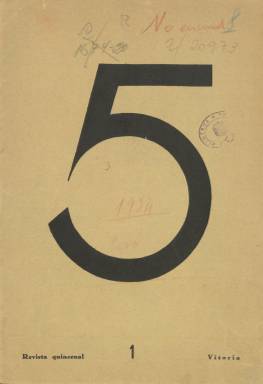
Título: 5 (Vitoria)
Otros títulos: Cinco
Colección: Cultura
Ámbito geográfico: Álava
Lugar de publicación: Vitoria
Fechas: 01/04/1934-30/06/1934

Revista literaria editada en Vitoria de la que sólo se editaron cuatro números, de abril a junio de 1934, y que no debió tener mucho éxito popular por tratarse de una publicación elitista en la que colaboraron intelectuales de la capital alavesa.

   Destaca su cubierta, con un gran número 5 que ocupa casi toda la página. Quizá el título obedezca al número de sus promotores, aunque no es seguro. Su periodicidad era quincenal y tenía la particularidad de que era bilingüe, con textos en castellano y euskera, aunque predominaban los escritos en castellano.

   Su contenido era muy próximo al surrealismo, con textos oníricos o absurdos que recuerdan esta corriente de la vanguardia, aunque sus promotores llamaban a su estilo cinquismo, de acuerdo con el 5 del título de la revista. En su primer número hay un manifiesto en el que se expresa la identidad y el propósito de la publicación reivindicando su originalidad. Así leemos: ‘Es inútil indagar abuelos del nuevo ISMO. Tampoco en esta empresa tenemos amigos. Hemos descubierto, llenándolo, el vacío que los demás, desde que empezaron, habían dejado’.

   Este manifiesto está firmado por El divino San Vítor, en alusión al santo del mismo nombre, que es declarado patrón de la revista. San Vítor de Gauna vivió entre el siglo IX y X y es uno de los santos más populares de Álava, con poderes para curar el dolor de cabeza y las enfermedades nerviosas.

   Al comienzo de la publicación un sumario informa del contenido, con textos de diversa temática, pero con el acento puesto en la cultura vasca, de ahí que haya colaboraciones en euskera. Debió influir en ello el hecho de que en los años de la II República se gestara el estatuto de autonomía del País Vasco, que se aprobó definitivamente en 1936, ya durante la Guerra Civil española.

  Los dos primeros números de la publicación cuentan con 20 páginas y los dos últimos con 24. En los cuatro se pueden ver algunos dibujos y viñetas que dan amenidad a la revista. En las páginas finales había publicidad que ayudaba a financiar la publicación, pero no debió de ser suficiente para compensar los gastos de edición. La tirada no debió ser muy grande.

   En el segundo número hay una referencia a la incomprensión con que había sido acogida la publicación en Vitoria. Se puede leer lo siguiente:

  ‘Los comentarios de la prensa sobre la aparición del primer Cinco han sido numerosos y variados. Decimos numerosos porque no sabemos mentir. Y variados porque casi todos ellos coinciden en ofrendarnos cinco bonitas camisas de las llamadas de fuerza. Mientras unos aluden al manicomio provincial, otros nos aconsejan el de Santa Águeda o quien azuza un rotundo Leganés, que debe referirse sin duda al manicomio que en ese punto existe’

[Descripción publicada el 16/8/2022]